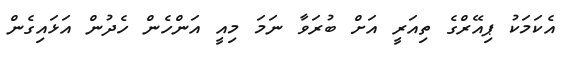
އެކަމަކު ޕިއޭރްގެ ތިއަރީ އަށް ބުރަވާ ނަމަ މިއީ އަންހެން ހެދުން އަޅައިގެން